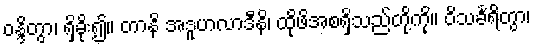
ဝန္ဒိတွာ၊ ရှိခိုး၍။ တာနိ အဒူဟလာဒီနိ၊ ထိုဖိအစရှိသည်တို့ကို။ ဝိသင်္ခရိတွာ၊